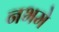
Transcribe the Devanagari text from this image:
नभमे